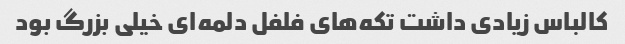
کالباس زیادی داشت تکه‌های فلفل دلمه‌ای خیلی بزرگ بود